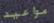
مواعيد